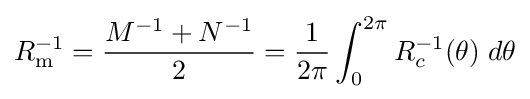
R_{\text{m}}^{-1}={\frac {M^{-1}+N^{-1}}{2}}={\frac {1}{2\pi }}\int _{0}^{2\pi }R_{c}^{-1}(\theta )\;d\theta